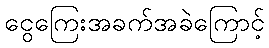
ငွေကြေးအခက်အခဲကြောင့်